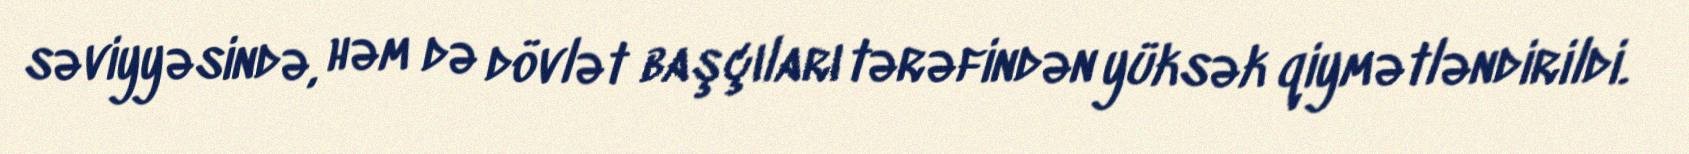
səviyyəsində, həm də dövlət başçıları tərəfindən yüksək qiymətləndirildi.